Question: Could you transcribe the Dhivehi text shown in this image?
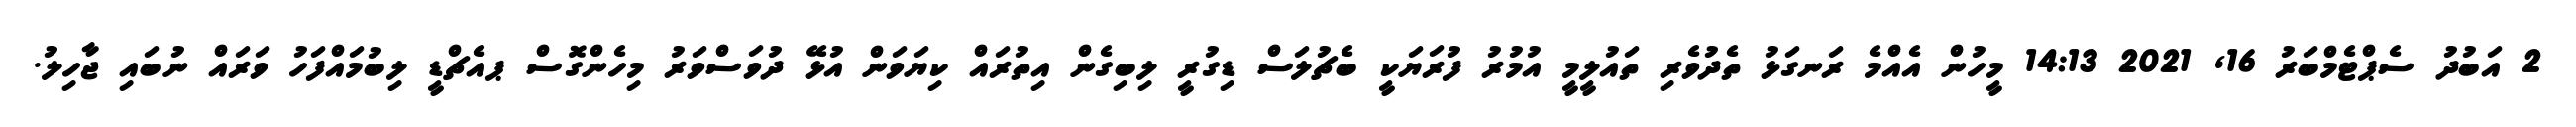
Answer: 2 އަބުދު ސެޕްޓެމްބަރު 16, 2021 14:13 މީހުން އެއްމެ ރަނގަޅު ތެދުވެރި ތައުލީމީ އުމުރު ފުރަޔަކީ ބެޗުލަސް ޑިގުރީ ލިބިގެން އިތުރައް ކިޔަވަން އުޅޭ ދުވަސްވަރު މިހެންގޮސް ޕއެޗްޑީ ލިބުމައްފަހު ވަރައް ނުބައި ޖާހިލު.